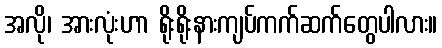
အလို၊ အားလုံးဟာ ရိုးရိုးနားကျပ်ကက်ဆက်တွေပါလား။